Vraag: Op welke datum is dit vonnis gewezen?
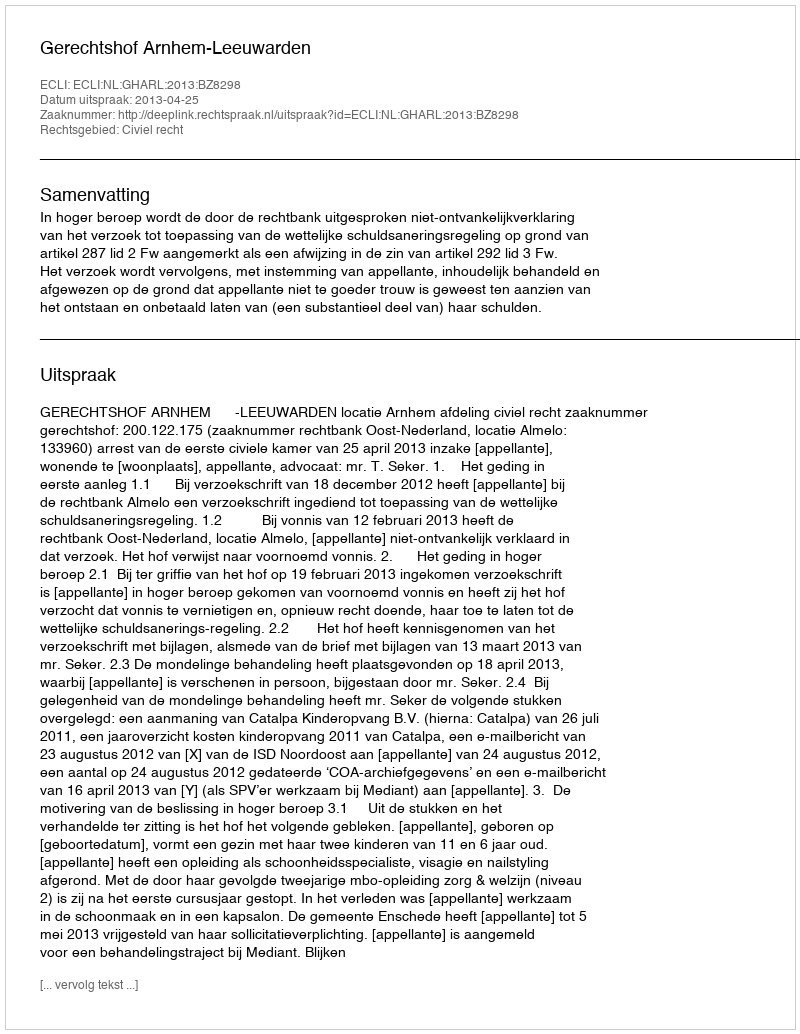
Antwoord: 2013-04-25